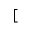
[